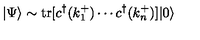
| \Psi \rangle \sim \mathrm { t r } [ c ^ { \dagger } ( k _ { 1 } ^ { + } ) \cdots c ^ { \dagger } ( k _ { n } ^ { + } ) ] | 0 \rangle